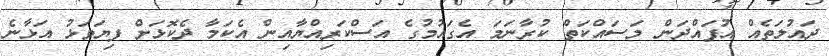
ދައުލަތެއް އުފައްދަން މަސައްކަތް ކުރާނަމަ އެގައުމުގެ އަސްކަރިއްޔާއިން އެކަމާ ދެކޮޅަށް ފިޔަވަޅު އަޅާނެ